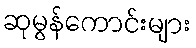
ဆုမွန်ကောင်းများ